65_HS1-834228961_62-HQ-83894_Section_8
Agency: FBI
Page 170
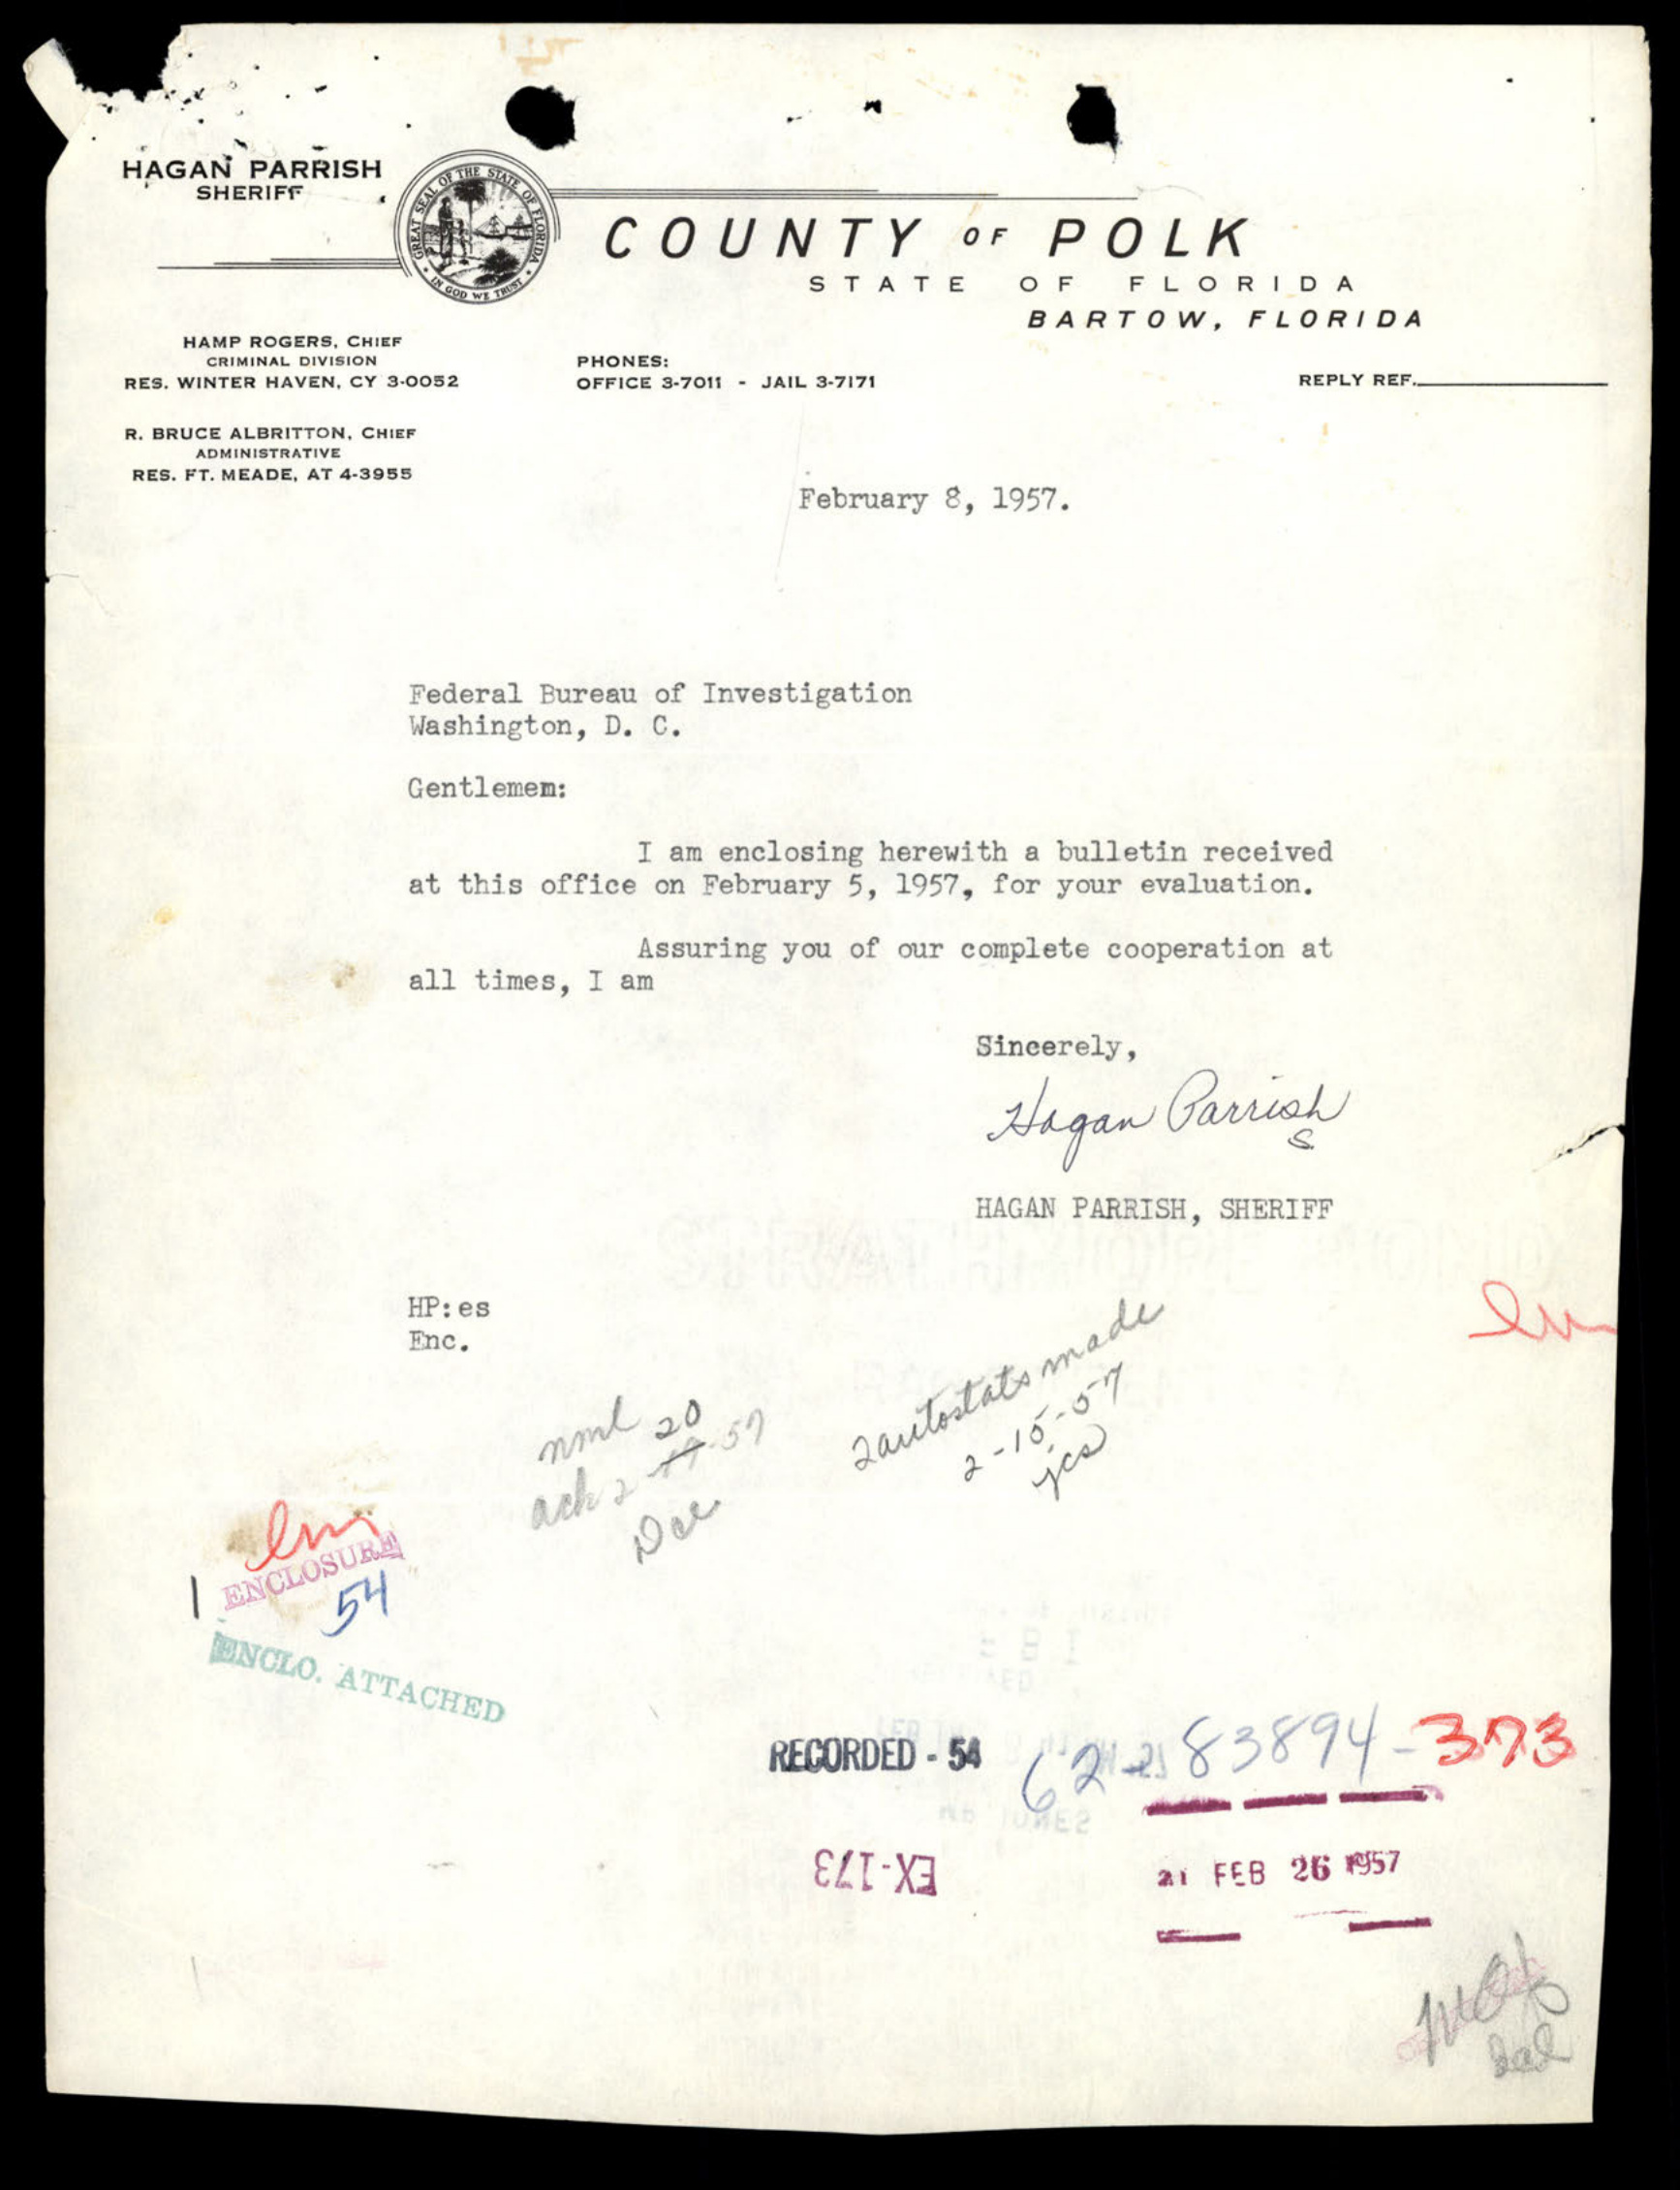